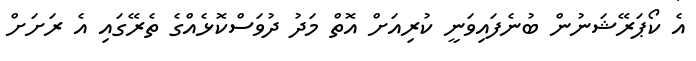
އެ ކޯޕަރޭޝަނުން ބުނެފައިވަނީ ކުރިއަށް އޮތް މަދު ދުވަސްކޮޅެއްގެ ތެރޭގައި އެ ރަށަށް